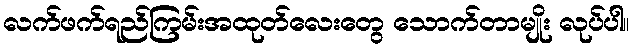
လက်ဖက်ရည်ကြမ်းအထုတ်လေးတွေ သောက်တာမျိုး လုပ်ပါ။